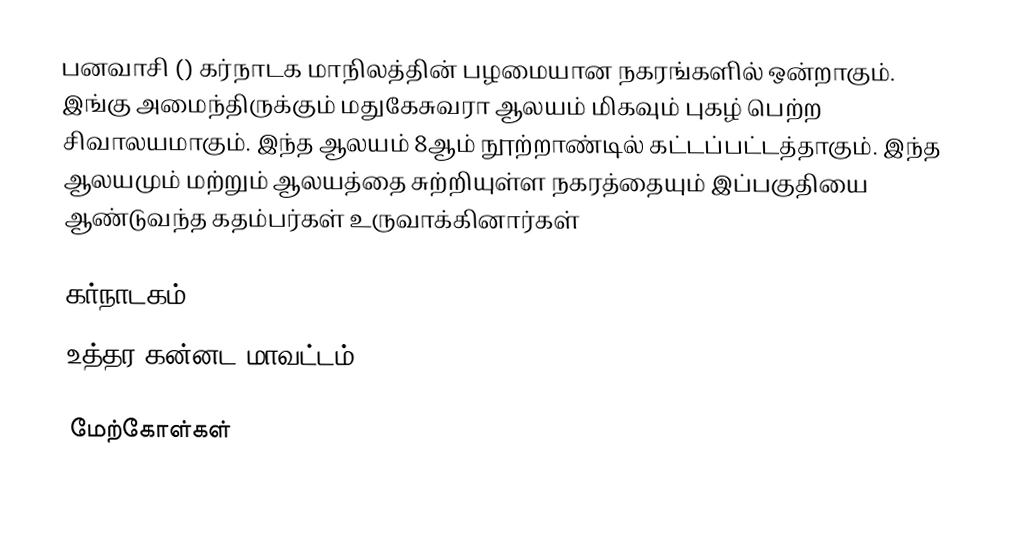
பனவாசி () கர்நாடக மாநிலத்தின் பழமையான நகரங்களில் ஒன்றாகும். இங்கு அமைந்திருக்கும் மதுகேசுவரா ஆலயம் மிகவும் புகழ் பெற்ற சிவாலயமாகும். இந்த ஆலயம் 8ஆம் நூற்றாண்டில் கட்டப்பட்டத்தாகும். இந்த ஆலயமும் மற்றும் ஆலயத்தை சுற்றியுள்ள நகரத்தையும் இப்பகுதியை ஆண்டுவந்த கதம்பர்கள் உருவாக்கினார்கள்

கர்நாடகம்
உத்தர கன்னட மாவட்டம்

மேற்கோள்கள்